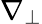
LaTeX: \nabla_{\perp}